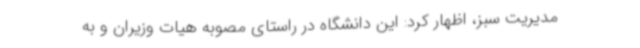
مدیریت سبز، اظهار کرد: این دانشگاه در راستای مصوبه هیات وزیران و به